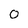
Character: 0